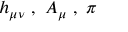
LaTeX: h _ { \mu \nu } \ , \ A _ { \mu } \ , \ \pi